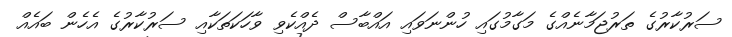
ސަރުކާރުގެ ތަރުޖަމާނެއްގެ މަގާމުގައި ހުންނަވައި އައްބާސް ދެއްކެވި ވާހަކަތަކާއި ސަރުކާރުގެ އެހެން ބައެއް